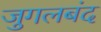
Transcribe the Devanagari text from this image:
जुगलबंद